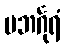
ပဘင်္ဂုရံ